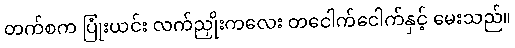
တက်စက ပြုံးယင်း လက်ညှိုးကလေး တငေါက်ငေါက်နှင့် မေးသည်။